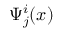
\Psi _ { j } ^ { i } ( x )